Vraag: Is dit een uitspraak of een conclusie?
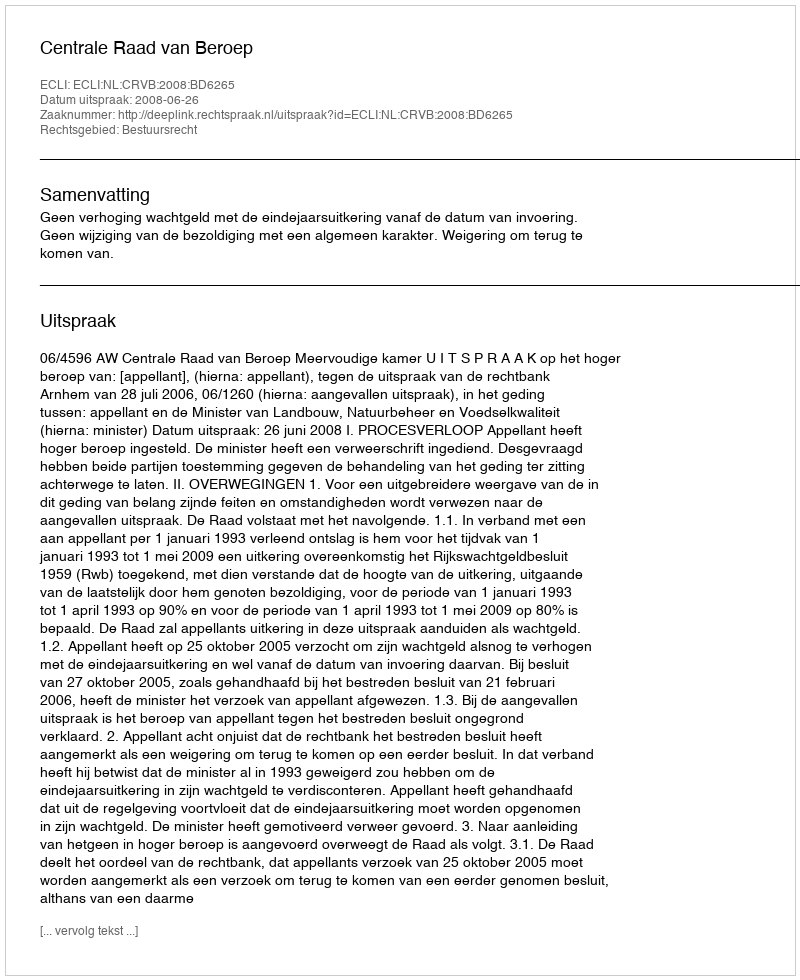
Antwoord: Uitspraak